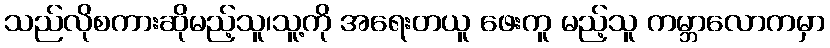
သည်လိုစကားဆိုမည့်သူ၊သူ့ကို အရေးတယူ ဖေးကူ မည့်သူ ကမ္ဘာလောကမှာ